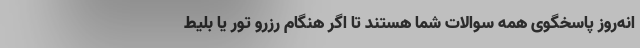
انه‌روز پاسخگوی همه سوالات شما هستند تا اگر هنگام رزرو تور یا بلیط